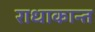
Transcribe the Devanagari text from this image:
राधाकान्‍त